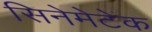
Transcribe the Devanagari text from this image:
सिनेमेटेक